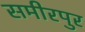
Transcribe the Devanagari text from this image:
समीरपुर